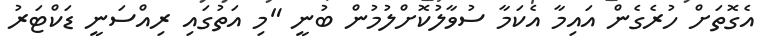
އެގޮތަށް ހުރެގެން އައިމާ އެކަމާ ސުވާލުކޮށްލުމުން ބުނީ "މި އަތުގައި ރިއްސަނީ ޑަކްޓަރު